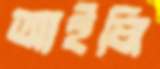
আইলি